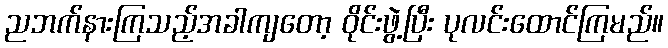
ညဘက်နားကြသည့်အခါကျတော့ ဝိုင်းဖွဲ့ပြီး ပုလင်းထောင်ကြမည်။